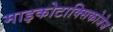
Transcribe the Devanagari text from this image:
माइकोटाक्सिकोजेज